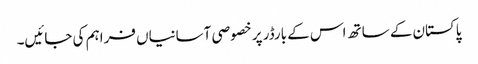
پاکستان کے ساتھ اس کے بارڈر پر خصوصی آسانیاں فراہم کی جائیں۔